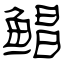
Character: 鲳